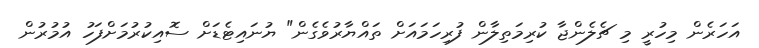
އަހަރެން މިހުރީ މި ޗެލެންޖާ ކުރިމަތިލާން ފުރިހަމައަށް ތައްޔާރުވެގެން" ޔުނައިޓެޑަށް ސޮއިކުރުމަށްފަހު އުމުރުން